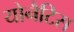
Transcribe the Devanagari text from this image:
योनैटिस